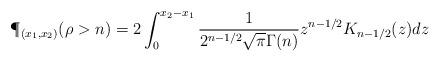
LaTeX: \begin{align*}\P_{(x_1, x_2)}(\rho > n) = 2\int_0^{x_2 - x_1} \frac{1}{2^{n-1/2} \sqrt{\pi} \Gamma(n)} z^{n-1/2} K_{n - 1/2}(z) dz\end{align*}